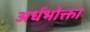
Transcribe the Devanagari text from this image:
अर्धभोक्ता